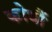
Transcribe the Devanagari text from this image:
कोधौं